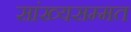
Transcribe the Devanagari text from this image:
सांख्यसम्मत